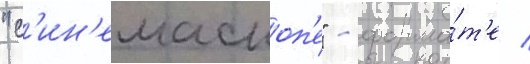
"с'ин'емаскоп'е" - форма́т'е /